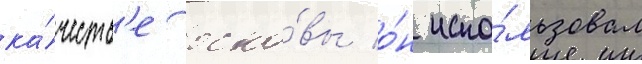
ка́честв'е осно́вы о́н испо́льзовал